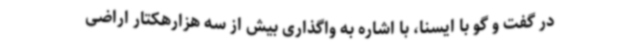
در گفت و گو با ایسنا، با اشاره به واگذاری بیش از سه هزارهکتار اراضی